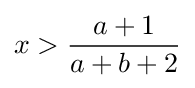
x>{\frac {a+1}{a+b+2}}